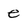
Character: e